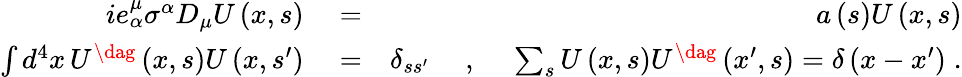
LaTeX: \begin{array}{rlr}{ie_{\alpha}^{\mu}\sigma^{\alpha}D_{\mu}U\left(x,s\right)}&{{}=}&{a\left(s\right)U\left(x,s\right)}\\ {\int d^{4}x\, U^{\dag}\left(x,s\right)U\left(x,s^{\prime}\right)}&{{}=}&{\delta_{ss^{\prime}}\; \quad,\quad\; \sum_{s}U\left(x,s\right)U^{\dag}\left(x^{\prime},s\right)=\delta\left(x-x^{\prime}\right)\; .}\end{array}